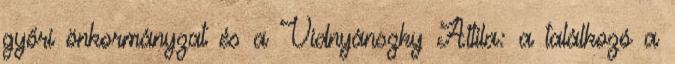
győri önkormányzat és a Vidnyánszky Attila: a találkozó a